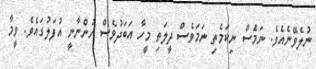
ނުލެވޭނެއެވެ. ނަމަެސް ނިކަމެތި ނަމަވެސް ދީލަތި މީހާ އަބަދުވެސް ހުންނާނީ އުފަލުގައެވެ. ވީމާ